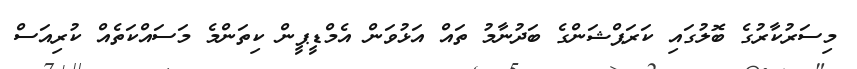
މިސަރުކާރުގެ ބޮލުގައި ކަރަޕްޝަންގެ ބަދުނާމު ތައް އަޅުވަން އެމްޑީޕީން ކިތަންމެ މަސައްކަތެއް ކުރިއަސް